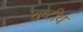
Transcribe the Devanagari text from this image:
राष्‍टीय